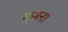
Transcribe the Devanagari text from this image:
कुमन।